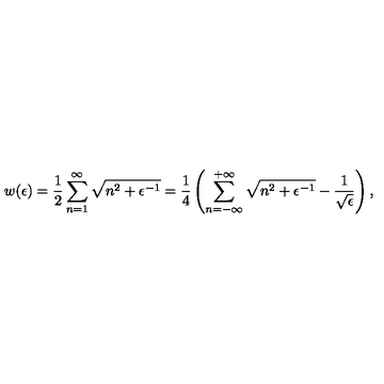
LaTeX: w ( \epsilon ) = \frac { 1 } { 2 } \sum _ { n = 1 } ^ { \infty } \sqrt { n ^ { 2 } + \epsilon ^ { - 1 } } = \frac { 1 } { 4 } \left( \sum _ { n = - \infty } ^ { + \infty } \sqrt { n ^ { 2 } + \epsilon ^ { - 1 } } - \frac { 1 } { \sqrt { \epsilon } } \right) { , }